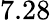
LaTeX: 7.28